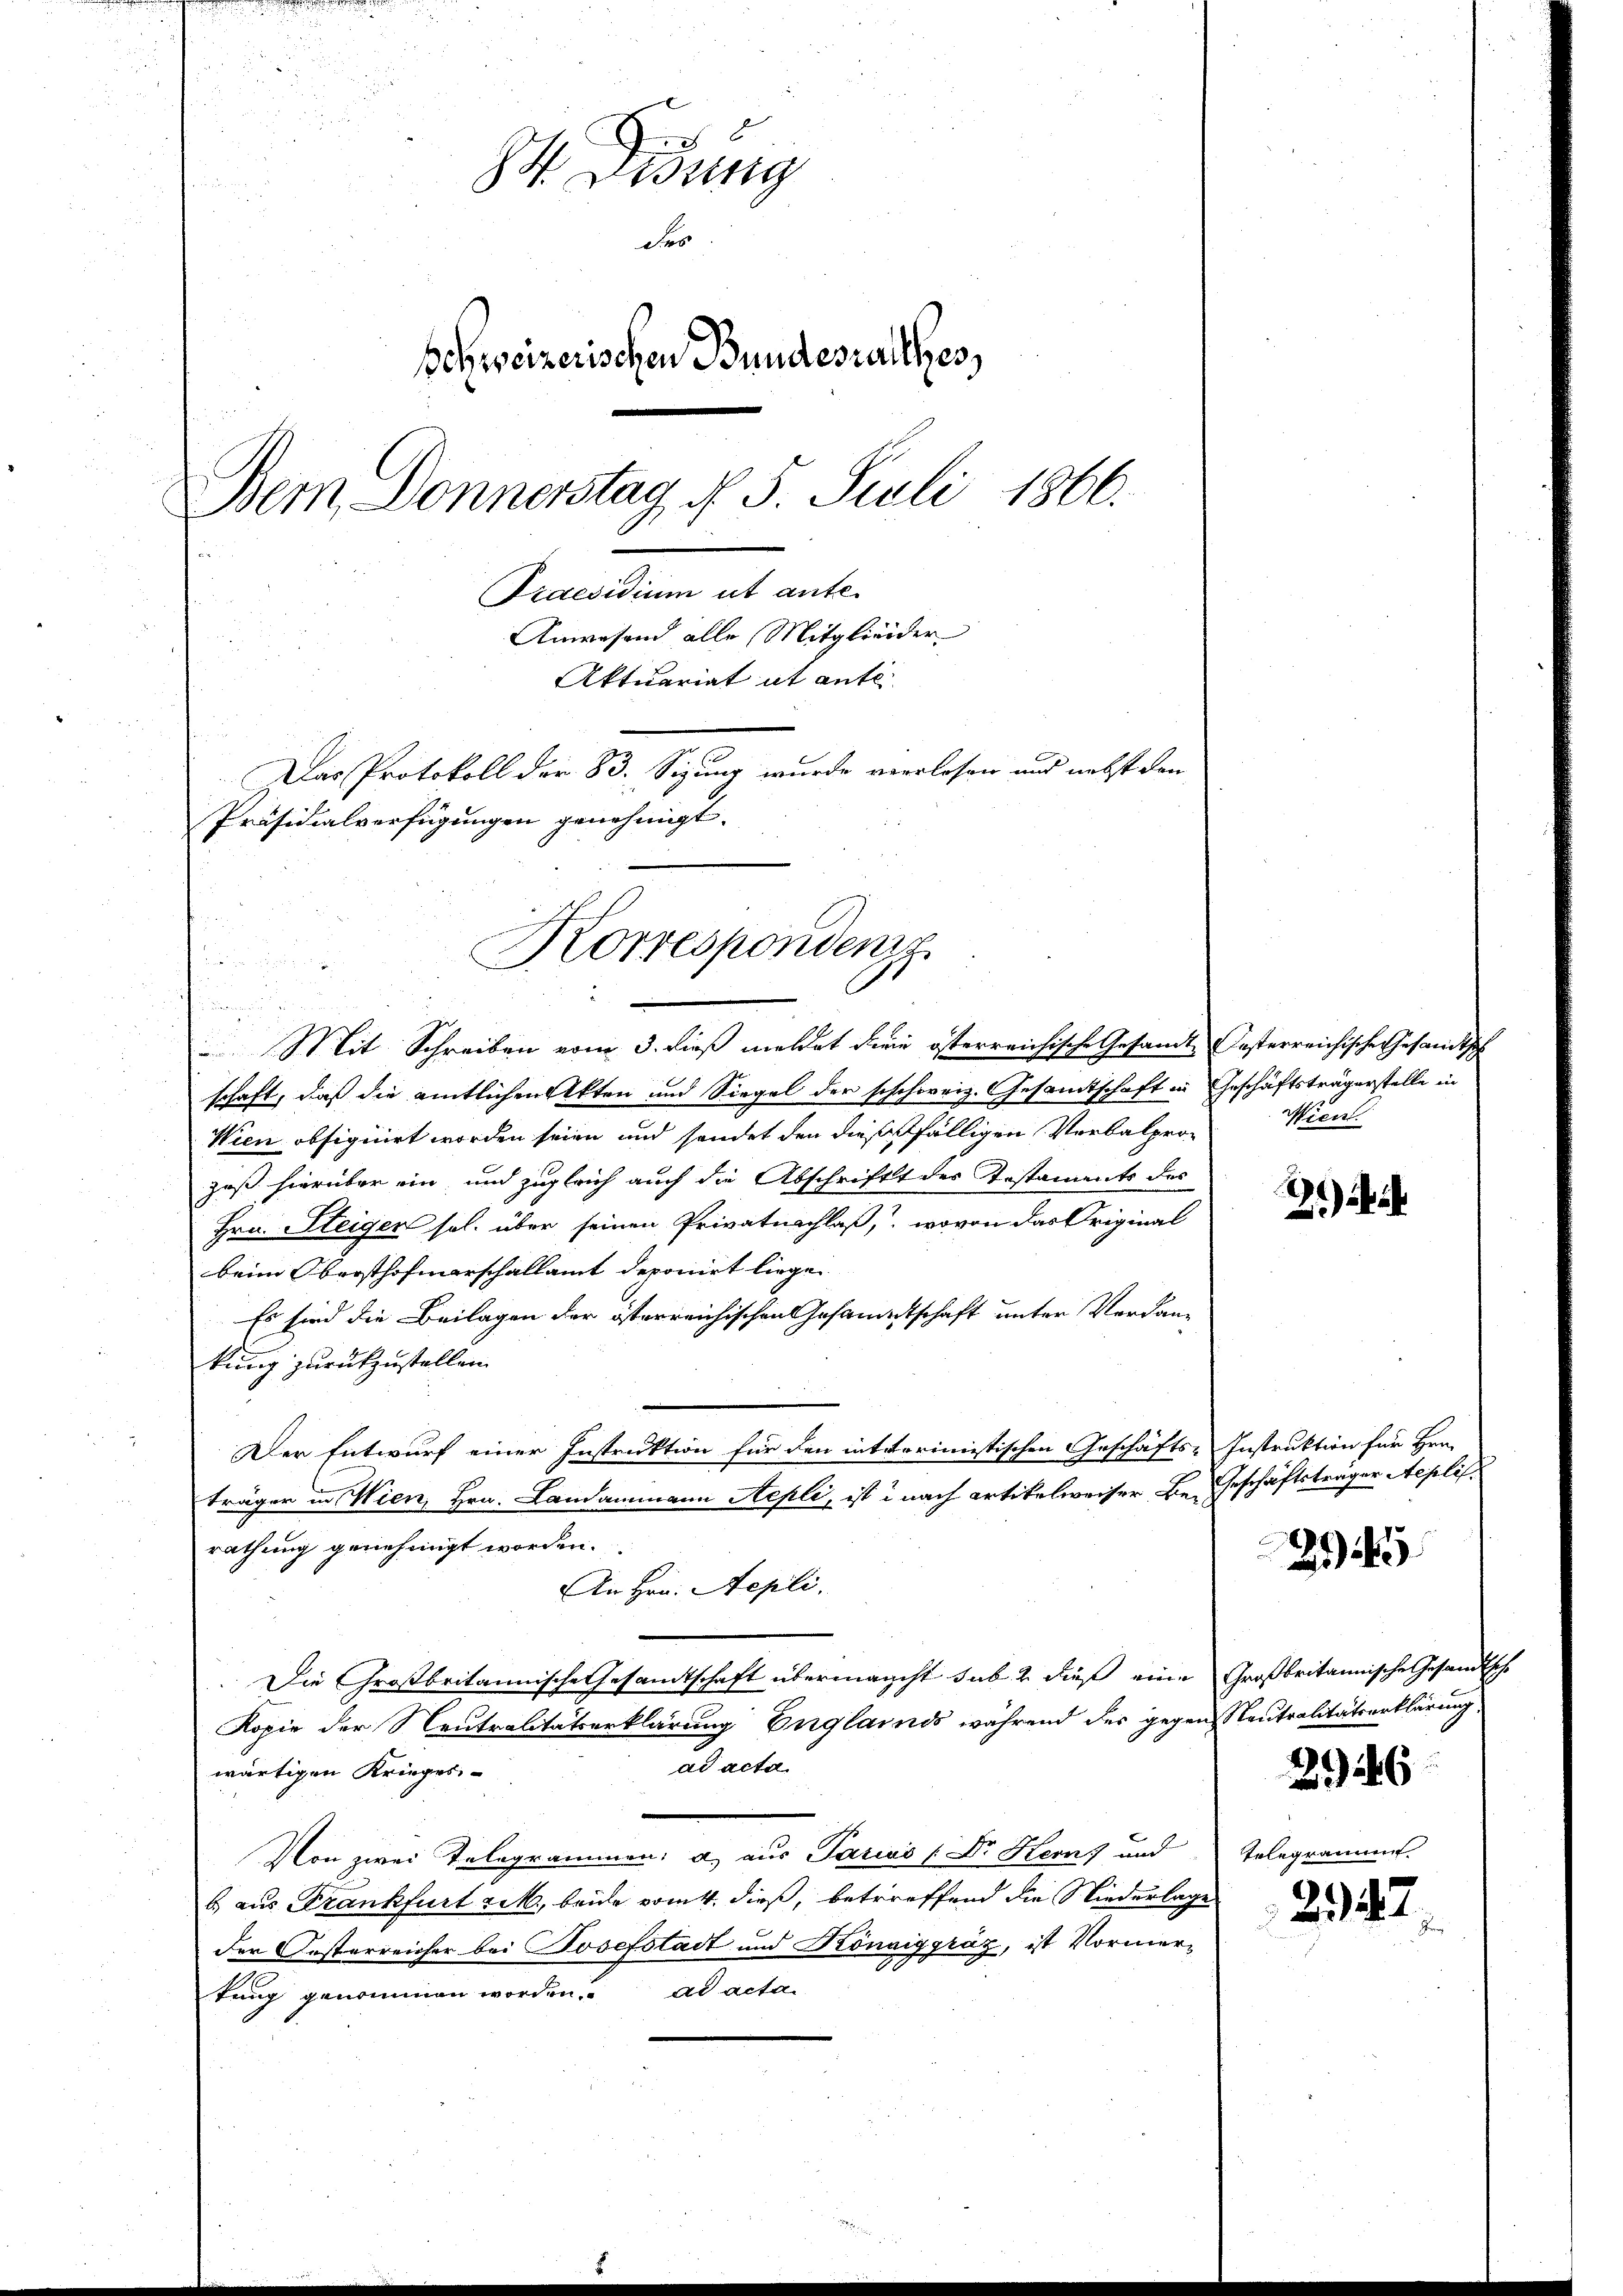
e
 Dessing
der
Behweizerischen Bundesrathes,
Dem Donnerstag d. 5. Juli 1866.
Praesidium ut ante.
Anwesend alle Mitglieder
Aktuariat it ante
Das Protokoll der 83. Sizung wurde verlesen und nebst den
Präsidialverfügungen genehmigt.

Mit Schreiben vom 3. dieß meldet dern österreichische Gesandtesterreichische Gesandtsch
schaft, daß die amtlichen Akten und Siegel der schcherig. Gesandtschaft in Geschäftsträgerstelle in
Wien obsignirt worden seien und sendet den dießfälligen Verbalprozoß hierüber ein und zugleich auch die Abschrift des Testaments des
Hra. Steigen sol. über seinen Privatnachlaß, wovon das Original
beim Obersthofmarschallamt deponirt liege.
Es sind die Beilagen der österreichischen Gesammtschaft unter Verdankung zurückzustellen.
Der Entwurf einer Instruktion für den interrimistischen Geschäfts-Instruktion für Hrn.
trägen in Wien, Hrn. Landammann Aepli, ist i nach Artikelweiser Be- Geschäftsträger Aeplis
rathung genehmigt worden.
An Hrn. Aepli.
Die Großbritannische Gesandtschaft übermancht sub 2 dieß eine Großbritannische Gesandtsche
Kopie der Neutralitätserklärung Englands während der gegen Neutralitätserklärung
ad acta.
wärtigen Krieges¬
Von zwei Telegrammen: a) aus Parius (Dr. Herns und Telegramms.
6) aus Frankfurt rek, beide vom 4. dieß, betreffend die Niederlage
der Oesterreicher bei Josefstädt und Königgräz, ist Vormertung genommen worden. ad acta

Korresponden
i

Wien.

2

245

246

2947
r